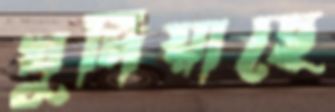
খুদিয়াছে